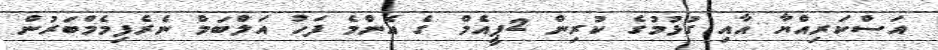
އަސްކަރިއްޔާ އާއި ގުޅުމުގެ ކުރިން 2ޕީއެމް ގެ އެންމެ ފަހު އަލްބަމް ނެރެފިމެމްބަރުން